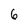
Character: 6